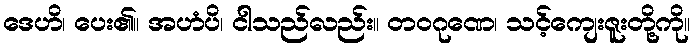
ဒေဟိ၊ ပေး၏။ အဟံပိ၊ ငါသည်လည်း။ တဝဂုဏေ၊ သင့်ကျေးဇူးတို့ကို။